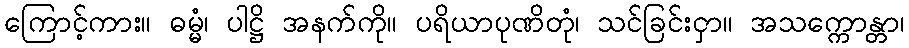
ကြောင့်ကား။ ဓမ္မံ၊ ပါဋ္ဌိ အနက်ကို။ ပရိယာပုဏိတုံ၊ သင်ခြင်းငှာ။ အသက္ကောန္တာ၊